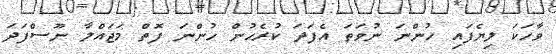
ވާހަކަ ލިޔެފައި ހުންނަ ނުވަތަ އެފަދަ ކުރެހުން ހުންނަ ފޮތް މަޖައްލާ ނޫސްފަދަ